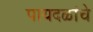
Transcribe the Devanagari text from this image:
पायदळांचे